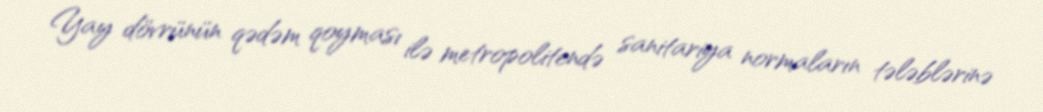
Yay dövrünün qədəm qoyması ilə metropolitendə sanitariya normaların tələblərinə